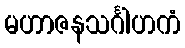
မဟာဇနသင်္ဂါဟကံ